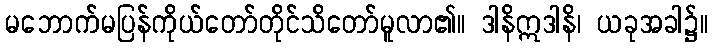
မဘောက်မပြန်ကိုယ်တော်တိုင်သိတော်မူလာ၏။ ဒါနိဣဒါနိ၊ ယခုအခါ၌။